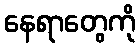
နေရာတွေကို